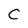
Character: C